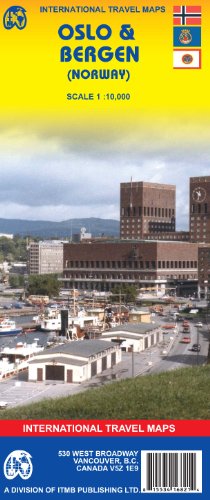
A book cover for Oslo & Bergen (Norway) 1:10,000 Street Map 2006*** (International Travel Maps); ITM Canada; Travel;